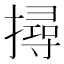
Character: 撏